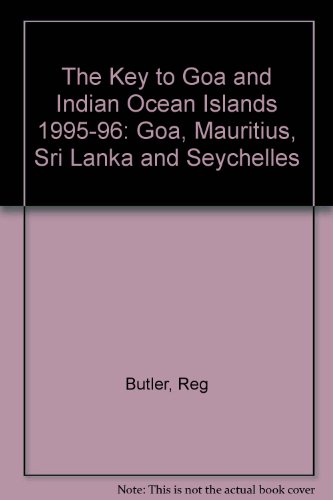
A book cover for The Key to Goa and Indian Ocean Islands 1995/96; Reg Butler; Travel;